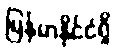
မြန်မာနိုင်ငံရှိ